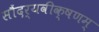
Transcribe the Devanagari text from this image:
सौंदर्यवीक्षणम्